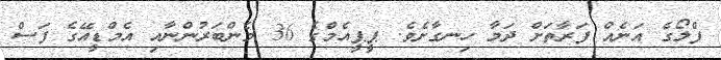
ފްލޯގެ އަނެއް ފަރާތަށް ދަމާ ހިނގާށެވެ. ޕީޕީއެމްގެ 36 މެންބަރުންނާއި އެމްޑީއޭގެ ފަސް